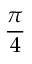
\frac { \pi } { 4 }